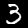
Digit: 3